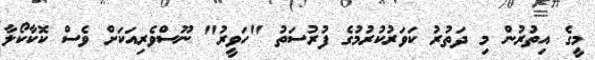
މީގެ އިތުރުން މި ދަތުރު ކަވަރުކުރުމުގެ ފުރުސަތު "ހަވީރު" ނޫސްވެރިއަކަށް ވެސް ކޮކާކޯލާ